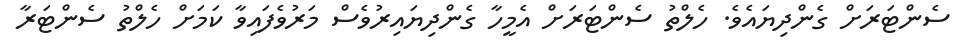
ސެންޓަރަށް ގެންދިޔައެވެ. ހެލްތު ސެންޓަރަށް އެމީހާ ގެންދިޔައިރުވެސް މަރުވެފައިވާ ކަމަށް ހެލްތު ސެންޓަރާ